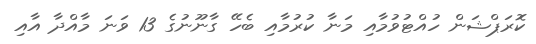
ކޮރަޕްޝަން ހުއްޓުވުމާއި މަނާ ކުރުމާއި ބެހޭ ގާނޫނުގެ 13 ވަނަ މާއްދާ އާއި